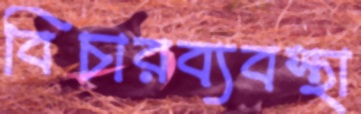
বিচারব্যবস্থা